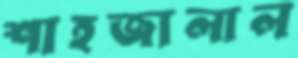
শাহজালাল